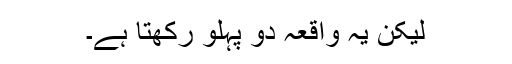
لیکن یہ واقعہ دو پہلو رکھتا ہے۔